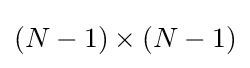
(N-1)\times (N-1)